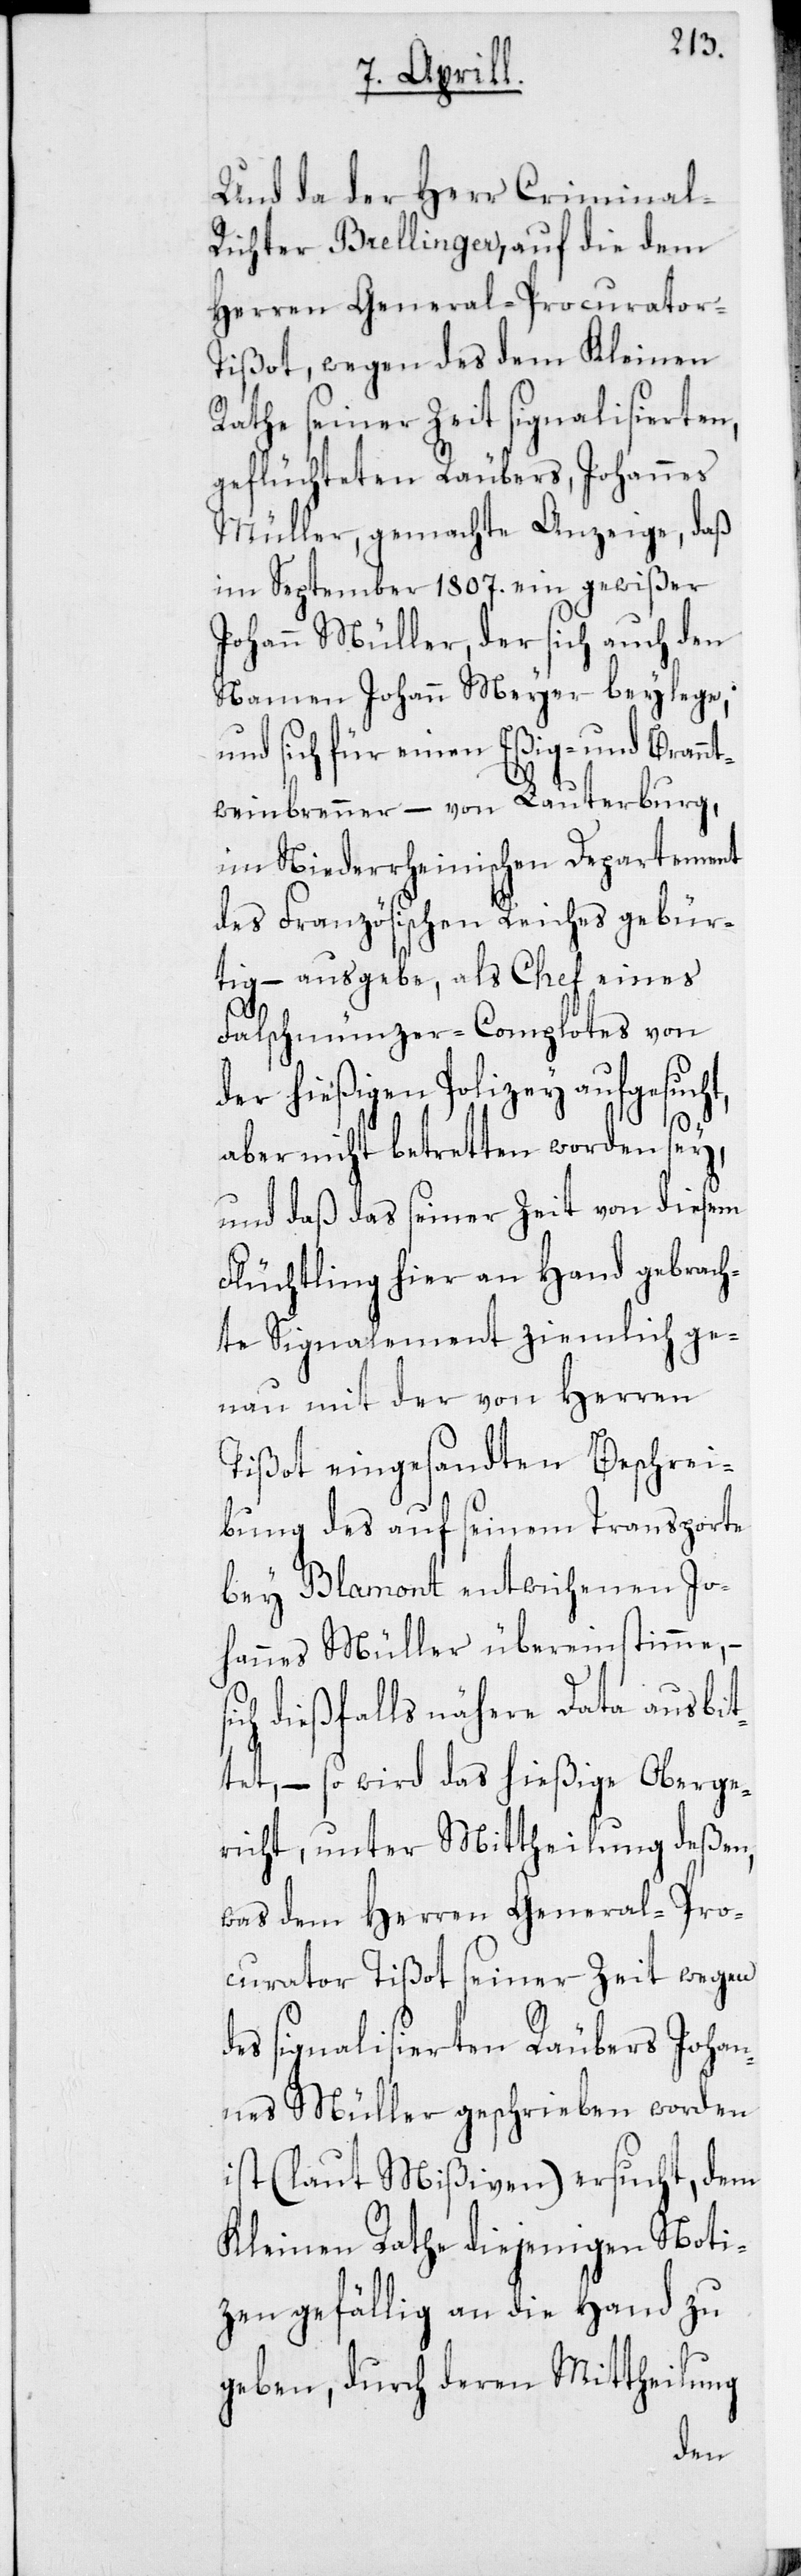
Und da der Herr Criminal-R¬
ichter Bellinger, auf die dem
Herren General-Procurator-T¬
ißot, wegen dem Kleinen
Rathe seiner Zeit signalisierten,
geflüchteten Räubers, Johannes
Müller, gemachte Anzeige, daß
im September 1807. ein gewißer
Johann Müller, der sich auch den
Namen Johann Meyer beylege,
und sich für einen Eßig- und Brannt¬
weinbrenner – von Lauterburg,
im Niederrheinischen Departement
des Französischen Reiches gebür¬
tig – ausgebe, als Chef eines
Falschmünzer-Complottes von
der hießigen Polizey aufgesuc¬
s¬
aber nicht betretten worden sey,
und daß das seiner Zeit von diesem
Flüchtling hier an Hand gebrach¬
te Signalement ziemlich ge¬
nau mit der von Herren
Tißot eingesandten Beschrei¬
bung des auf seinem Transporte
bey Blamont entwichenen Jo¬
hannes Müller übereinstimme, –
ich dießfalls nähere Data ausbit¬
tet, – so wird das hießige Oberge¬
richt, unter Mittheilung deßen,
was dem Herren General-Pro¬
curator Tißot seiner Zeit wegen
des signalisierten Räubers Johan¬
nes Müller geschrieben worden,
ist (laut Mißiven) ersucht, dem
Kleinen Rathe diejenigen Noti¬
zen gefällig an die Hand zu
geben, durch deren Mittheilung